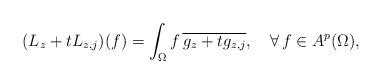
LaTeX: \begin{align*}(L_z+tL_{z,j})(f)=\int_\Omega{f}\,\overline{g_z+tg_{z,j}},\ \ \ \forall\,{f\in{A^p(\Omega)}},\end{align*}